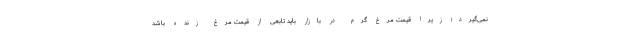
نمی‌گیرد؛ زیرا قیمت مرغ گرم در بازار باید تابعی از قیمت مرغ زنده باشد